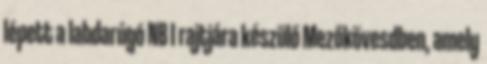
lépett a labdarúgó NB I rajtjára készülő Mezőkövesdben, amely